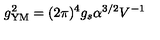
g _ { \mathrm { Y M } } ^ { 2 } = ( 2 \pi ) ^ { 4 } g _ { s } \alpha ^ { 3 / 2 } V ^ { - 1 }